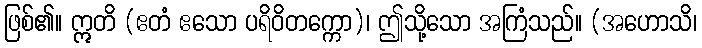
ဖြစ်၏။ ဣတိ (ဧတံ ဧသော ပရိဝိတက္ကော)၊ ဤသို့သော အကြံသည်။ (အဟောသိ၊